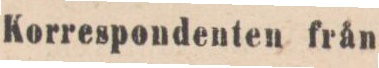
Korrespondenten från